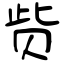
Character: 赀